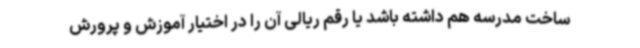
ساخت مدرسه هم داشته باشد یا رقم ریالی آن را در اختیار آموزش و پرورش